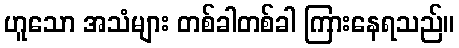
ဟူသော အသံများ တစ်ခါတစ်ခါ ကြားနေရသည်။